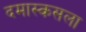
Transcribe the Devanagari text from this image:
दमास्कसला